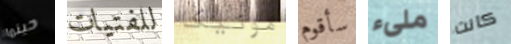
حينما للفتيات مونيكا سأقوم ملىء كانت